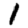
Digit: 1